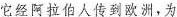
它经阿拉伯人传到欧洲，为